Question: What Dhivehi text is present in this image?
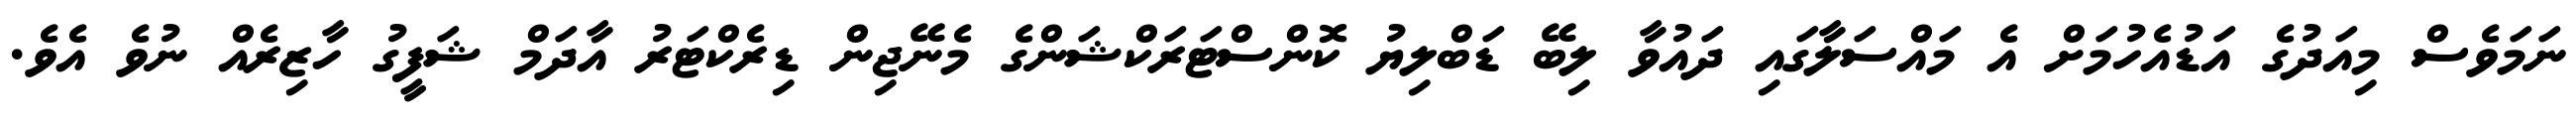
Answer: ނަމަވެސް މިއަދުގެ އަޑުއެހުމަށް އެ މައްސަލާގައި ދައުވާ ލިބޭ ޑަބްލިޔު ކޮންސްޓަރަކްޝަންގެ މެނޭޖިން ޑިރެކްޓަރު އާދަމް ޝަފީގު ހާޒިރެއް ނުވެ އެވެ.